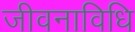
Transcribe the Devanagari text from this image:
जीवनाविधि